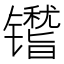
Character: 𬭿